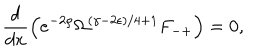
LaTeX: \frac { d } { d x } \left( e ^ { - 2 \rho } \Omega ^ { ( \gamma - 2 \epsilon ) / 4 + 1 } F _ { - + } \right) = 0 ,